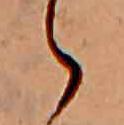
ゝ